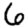
Digit: 6